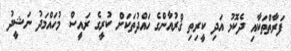
ފަރާތްތަކާއި ދެކޮޅު އަދި ކީރިތި ޤްރުއާންގެ ހައްދުތަކަށް ކުރީގެ ރައީސް މުހައްމަދު ނަޝީދު